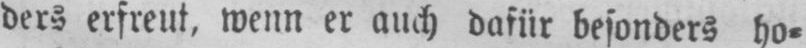
ders erfreut, wenn er auch dafür besonders ho⸗